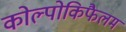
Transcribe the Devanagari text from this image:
कोल्पोकिफैलम